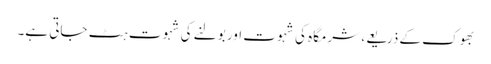
بھوک کے ذریعے، شرمگاہ کی شہوت اور بولنے کی شہوت ہٹ جاتی ہے۔